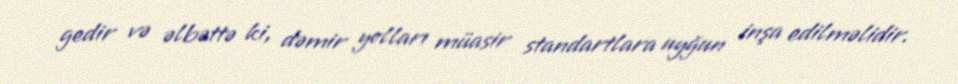
gedir və əlbəttə ki, dəmir yolları müasir standartlara uyğun inşa edilməlidir.